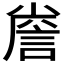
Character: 𮘐